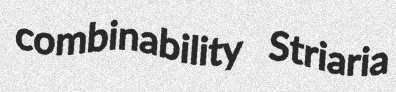
combinability Striaria